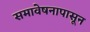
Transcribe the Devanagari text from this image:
समावेषनापासून